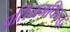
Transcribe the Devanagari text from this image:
प्रतिजनविरुद्ध